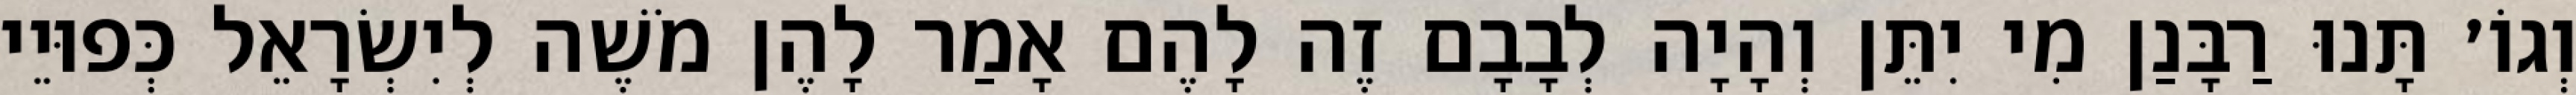
וְגוֹ׳ תָּנוּ רַבָּנַן מִי יִתֵּן וְהָיָה לְבָבָם זֶה לָהֶם אָמַר לָהֶן מֹשֶׁה לְיִשְׂרָאֵל כְּפוּיֵי